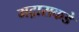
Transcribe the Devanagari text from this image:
मद्रासकडे